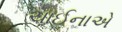
ચાઈનાએ